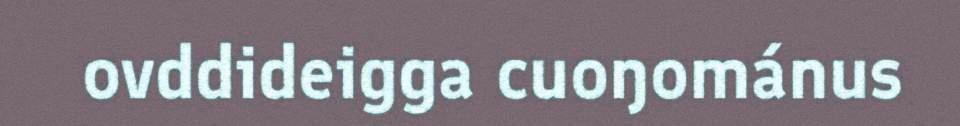
ovddideigga cuoŋománus